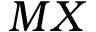
M X